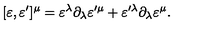
[ \varepsilon , \varepsilon ^ { \prime } ] ^ { \mu } = \varepsilon ^ { \lambda } \partial _ { \lambda } \varepsilon ^ { \prime \mu } + \varepsilon ^ { \prime \lambda } \partial _ { \lambda } \varepsilon ^ { \mu } .